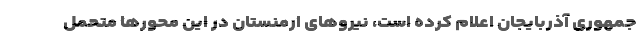
جمهوری آذربایجان اعلام کرده است، نیروهای ارمنستان در این محورها متحمل